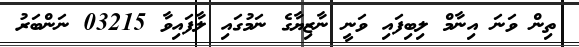
ތިން ވަނަ އިނާމް ލިބިފައި ވަނީ ނާޒިޔާގެ ނަމުގައި ލާފައިވާ 03215 ނަންބަރު